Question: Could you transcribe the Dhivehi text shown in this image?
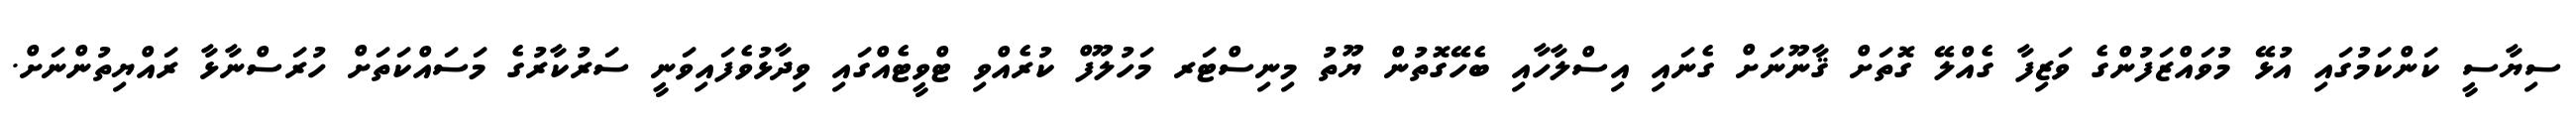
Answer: ސިޔާސީ ކަންކަމުގައި އުޅޭ މުވައްޒަފުންގެ ވަޒިފާ ގެއްލޭ ގޮތަށް ޤާނޫނަށް ގެނައި އިސްލާހާއި ބެހޭގޮތުން ޔޫތު މިނިސްޓަރ މަހުލޫފް ކުރެއްވި ޓްވީޓެއްގައި ވިދާޅުވެފައިވަނީ ސަރުކާރުގެ މަސައްކަތަށް ހުރަސްނާޅާ ރައްޔިތުންނަށް.